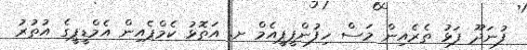
ފުނަދޫ ފަޅު ތެރެއިން މަސް ހިފުންޕީޕީއެމް ށ. އަތޮޅު ކެމްޕެއިން އެމްޑީޕީގެ އުތުރު